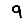
Digit: 9